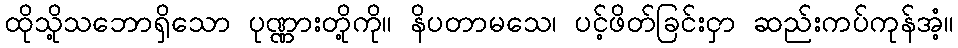
ထိုသို့သဘောရှိသော ပုဏ္ဏားတို့ကို။ နိပတာမသေ၊ ပင့်ဖိတ်ခြင်းငှာ ဆည်းကပ်ကုန်အံ့။